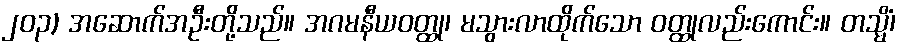
၂၀၃) အဆောက်အဦးတို့သည်။ အဂမနီယဝတ္ထု၊ မသွားလာထိုက်သော ဝတ္ထုလည်းကောင်း။ တသ္မိံ၊